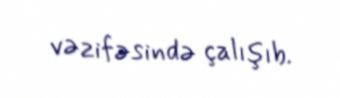
vəzifəsində çalışıb.